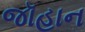
જૉહાન